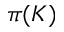
\pi ( K )